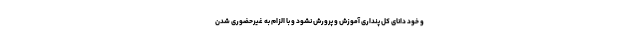
و خود دانای کل پنداری آموزش و پرورش نشود و با الزام به غیرحضوری شدن